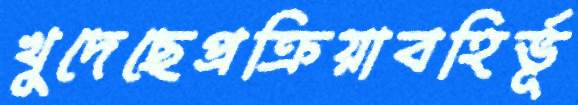
খুদেছেপ্রক্রিয়াবহির্ভূ